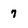
Character: 7